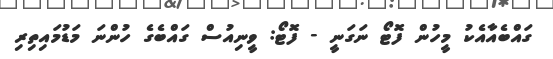
ގައްބެއާއެކު މީހުން ފޮޓޯ ނަގަނީ - ފޮޓޯ: ވީނިއުސް ގައްބެގެ ހުންނަ މަޑުމައިތިރި